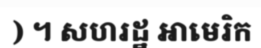
) ។ សហរដ្ឋ អាមេរិក